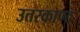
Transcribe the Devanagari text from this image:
उत्तरकाण्द